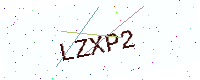
Text: LZXP2